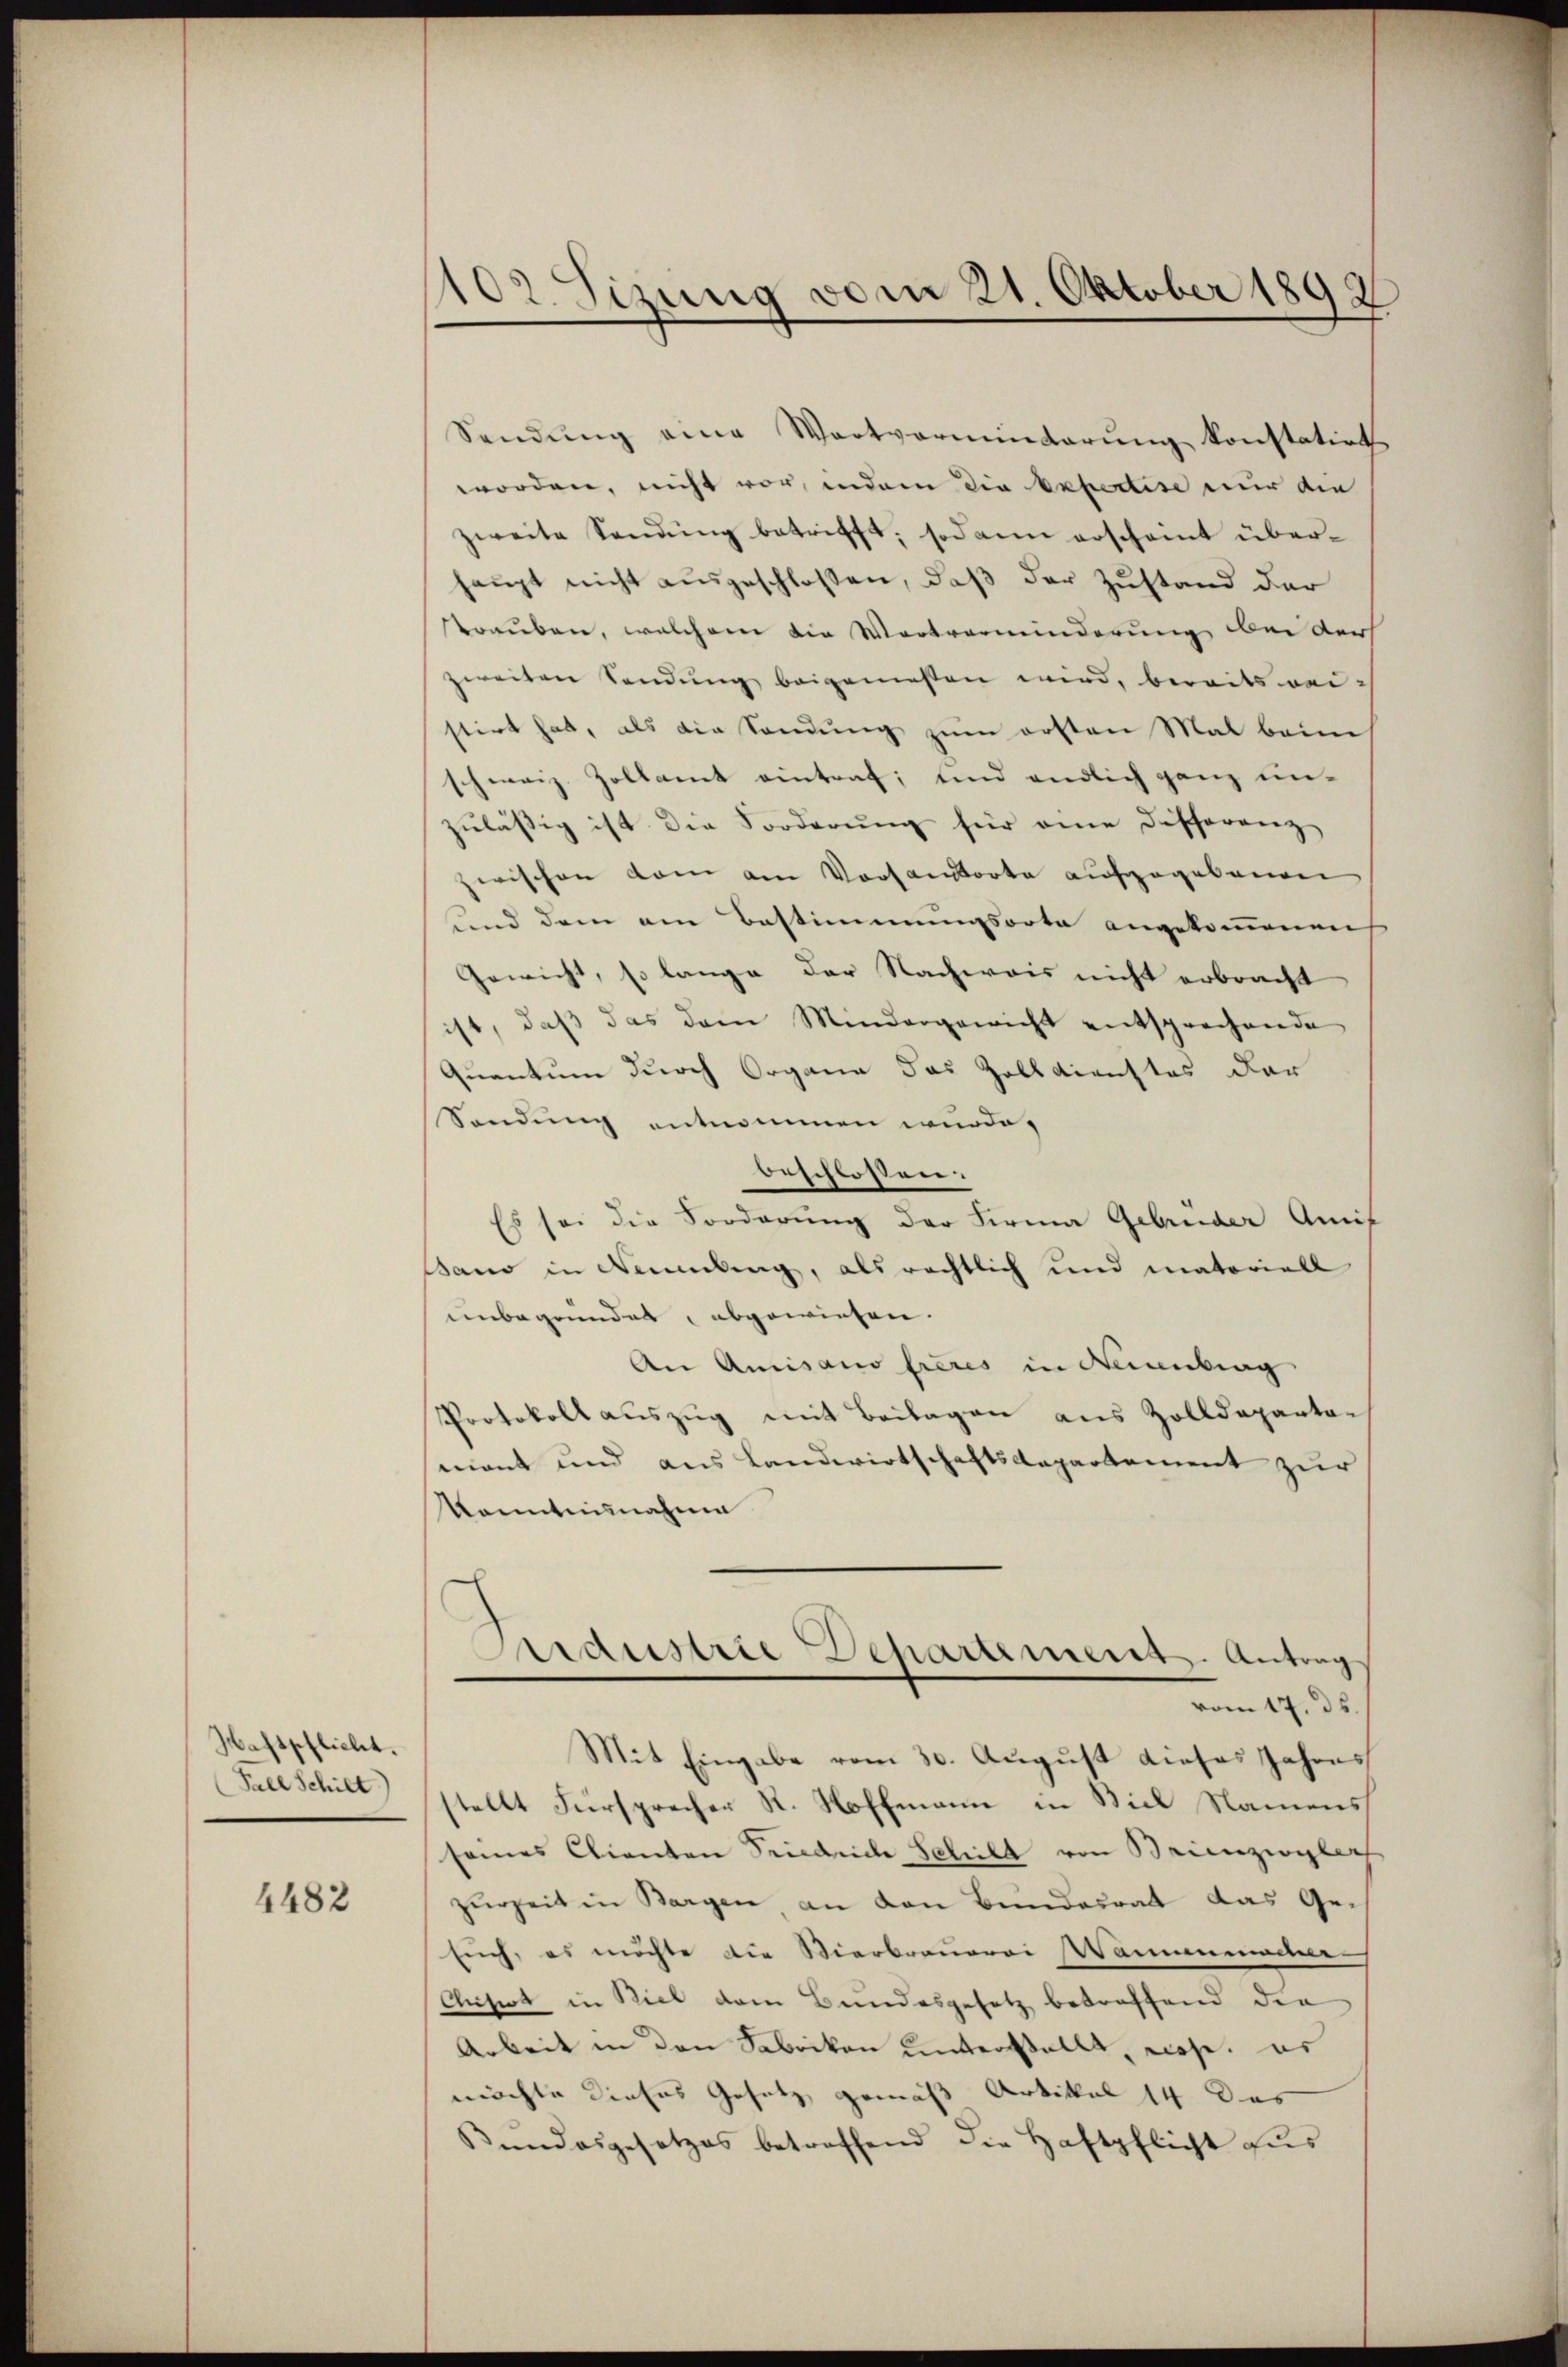
Hafspflicht.
Fall Schilt

4482

102 Sizung vom 21. Oktober 1892.

Sendung eine Wartverminderung konstatirt
worden, nicht vor, indem die Expertise nur die
zweite Sendung betrifft; sodann erscheint überhaŭpt nicht aŭsgeschlossen, daβ der Zustand der
trauben, welchem die Wortverminderung bei der
zweiten Sendŭng beigemessen wird, bereits weistirt hat, als die Sendung zum ersten Mal beim
schweiz. Zollamt eintraf, und endlich ganz un-
zŭläβig ist die Forderŭng für eine Differenz
zwischen kam am Vorsandtorte aufgegebenen
und dem am Bestimmungsorte angekommenen
Gewicht, so lange der Nachweis nicht erbracht
ist, daβ das dem Mindergewicht entsprechende
Quantum durch Organe das Zolldienstes dar
Sendung entnommen wurde,
beschlossen.
Es sei die Forderung der Firma Gebrüder Amit
Bano in Nemmling, als rechtlich und matoriell
unbegründet, abgewiesen.
An Amisans frères in Neuenburg
Protokoll aŭszŭg mit Beilagen aus Zolldeparten
mant und aus Landwirtschaftsdepartement zur
konntnisnahme
ardustrie Departement. Antrag
vom 17. ds.
Mit Eingabe vom 30. August dieses Jahres
stellt Fürsprecher St. Hoffmann in Biel Namens
sames Clianten Friedrich Schild von Brienzioglich
zurZeit in Bargen an den Bundesrat das Ge-
Euch, es möchte die Vierbrauerei Wannenmacher-
Clisirt in Biel dem Bundesgesetz betreffend den
Arbeit in den Fabrikon unterstellt, wose, es
möchte Kieses Gesetz gemäß Artikel 14. Das
Kundesgesetzes betreffend die Haftpflicht aus